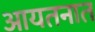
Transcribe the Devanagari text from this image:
आयतनात